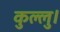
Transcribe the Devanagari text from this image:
कुल्‍लु।